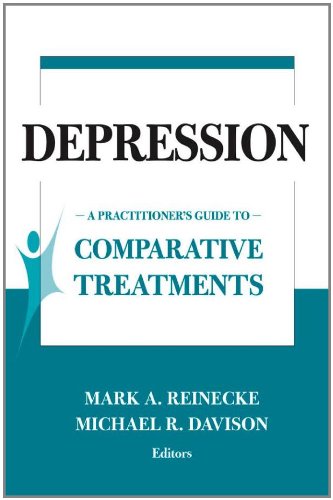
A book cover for Depression: A Practitioner's Guide to Comparative Treatments (Springer Series on Comparative Treatments for Psychological Disorders); Medical Books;